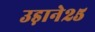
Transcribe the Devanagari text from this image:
उड़ाने२५